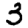
Digit: 3